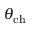
\theta _ { \mathrm { c h } }